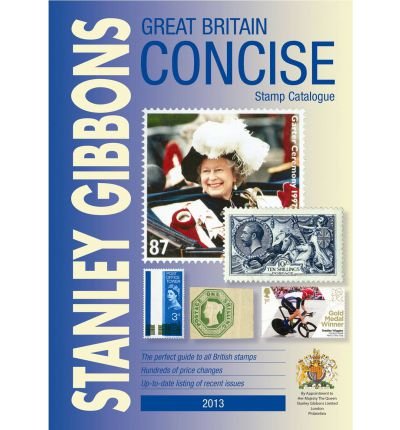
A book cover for Great Britain Concise 2013 2013: GB Concise: Stanley Gibbons Stamp Catalogue: 2013; Stanley Gibbons; Crafts, Hobbies & Home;